Report on sanitation, dispensaries, and jails in Rajputana for 1918, and on vaccination for the year 1918-1919 - 1918-1919
Year: 1918
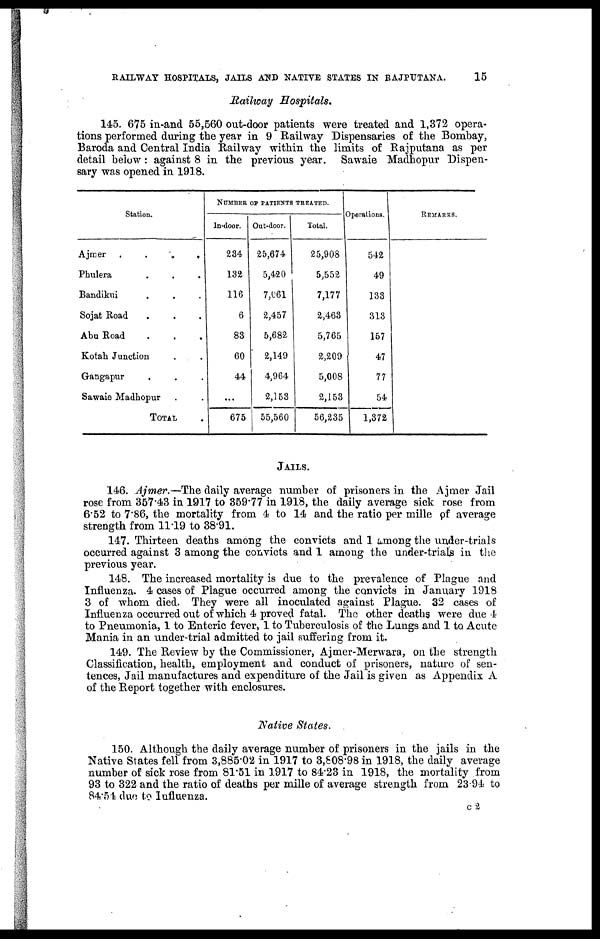
RAILWAY HOSPITALS, JAILS AND NATIVE STATES IN RAJPUTANA.
15
Railway Hospitals.
145. 675 in-and 55,560 out-door patients were treated and 1,372 opera-
tions performed during the year in 9 Railway Dispensaries of the Bombay,
Baroda and Central India Railway within the limits of Rajputana as per
detail below: against 8 in the previous year. Sawaie Madhopur Dispen-
sary was opened in 1918.
Station.
Ajmer
....
Phulera ...
Bandikui ...
Sojat Road ...
Abu Road ...
Kotah Junction ..
Gangapur ...
Sawaie Madhopur ..
TOTAL .
NUMBER OF PATIENTS TREATED.
In-door.
234
132
116
6
83
60
44
...
675
Out-door.
25,674
5,420
7,061
2,457
5,682
2,149
4,964
2,153
55,560
Total.
25,908
5,552
7,177
2,463
5,765
2,209
5,008
2,153
56,235
Operations.
542
49
133
313
157
47
77
54
1,372
REMARKS.
JAILS.
146. Ajmer.—The daily average number of prisoners in the Ajmer Jail
rose from 357.43 in 1917 to 359.77 in 1918, the daily average sick rose from
6.52 to 7.86, the mortality from 4 to 14 and the ratio per mille of average
strength from 11.19 to 38.91.
147. Thirteen deaths among the convicts and 1 among the under-trials
occurred against 3 among the convicts and 1 among the under-trials in the
previous year.
148. The increased mortality is due to the prevalence of Plague and
Influenza. 4 cases of Plague occurred among the convicts in January 1918
3 of whom died. They were all inoculated against Plague. 32 cases of
Influenza occurred out of which 4 proved fatal. The other deaths were due 4
to Pneumonia, 1 to Enteric fever, 1 to Tuberculosis of the Lungs and 1 to Acute
Mania in an under-trial admitted to jail suffering from it.
149. The Review by the Commissioner, Ajmer-Merwara, on the strength
Classification, health, employment and conduct of prisoners, nature of sen-
tences, Jail manufactures and expenditure of the Jail is given as Appendix A
of the Report together with enclosures.
Native States.
150. Although the daily average number of prisoners in the jails in the
Native States fell from 3,885.02 in 1917 to 3,808.98 in 1918, the daily average
number of sick rose from 81.51 in 1917 to 84.23 in 1918, the mortality from
93 to 322 and the ratio of deaths per mille of average strength from 23.94 to
84.54 due to Influenza.
C2